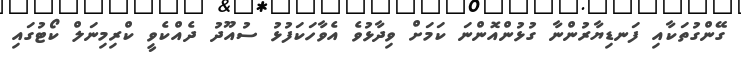
ގޭންގުތަކާއި ފަނޑިޔާރުންނާ ގުޅުންއޮންނަ ކަމަށް ވިދާޅުވެ އެވާހަކަފުޅު ސުއޫދު ދެއްކެވީ ކްރިމިނަލް ކޯޓުގައި